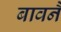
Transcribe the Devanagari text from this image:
बावनै